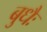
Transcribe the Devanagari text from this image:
बुधैः